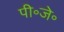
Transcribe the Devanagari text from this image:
पी॰जे॰